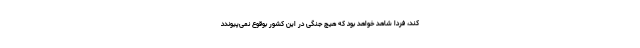
کند، فردا شاهد خواهد بود که هیچ جنگی در این کشور بوقوع نمی‌پیوندد